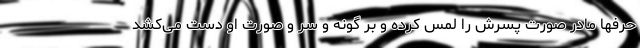
حرفها مادر صورت پسرش را لمس کرده و بر گونه و سر و صورت او دست می‌کشد